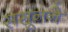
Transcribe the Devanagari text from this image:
ससूनने